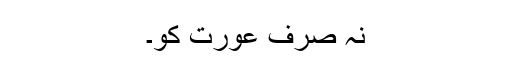
نہ صرف عورت کو۔